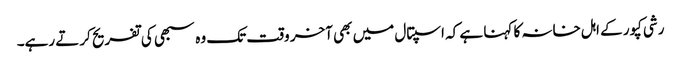
رشی کپور کے اہل خانہ کا کہنا ہے کہ اسپتال میں بھی آخر وقت تک وہ سبھی کی تفریح کرتے رہے۔